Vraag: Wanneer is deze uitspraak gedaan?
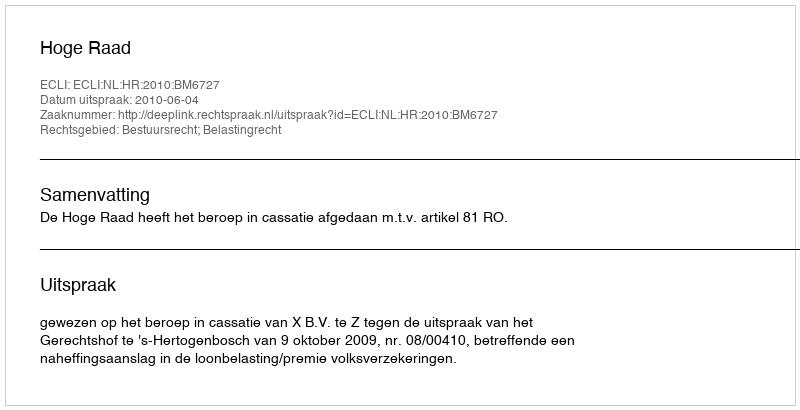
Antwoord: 2010-06-04